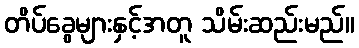
တိပ်ခွေများနှင့်အတူ သိမ်းဆည်းမည်။